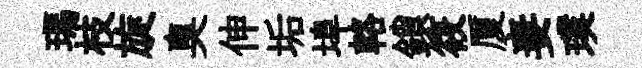
瑪枝旋臭伸垢埠輅鎖筱厦妻璞